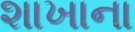
શાખાના